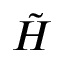
\Tilde { H }